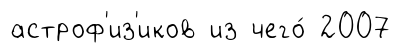
астроф'из'иков из чего́ 2007